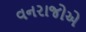
વનરાજોએ